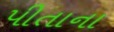
પીતાના